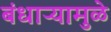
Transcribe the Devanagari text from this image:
बंधाऱ्यामुळे